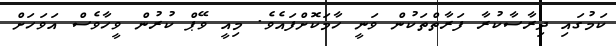
ކަމުގައި ދިރާސާކުރާ ފަރާތްތަކުން ވަނީ ހާމަކޮށްފައެވެ. މިއީ ވޭޕް ކުރުން ވީހާވެސް އަވަހަށް